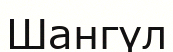
Шангүл